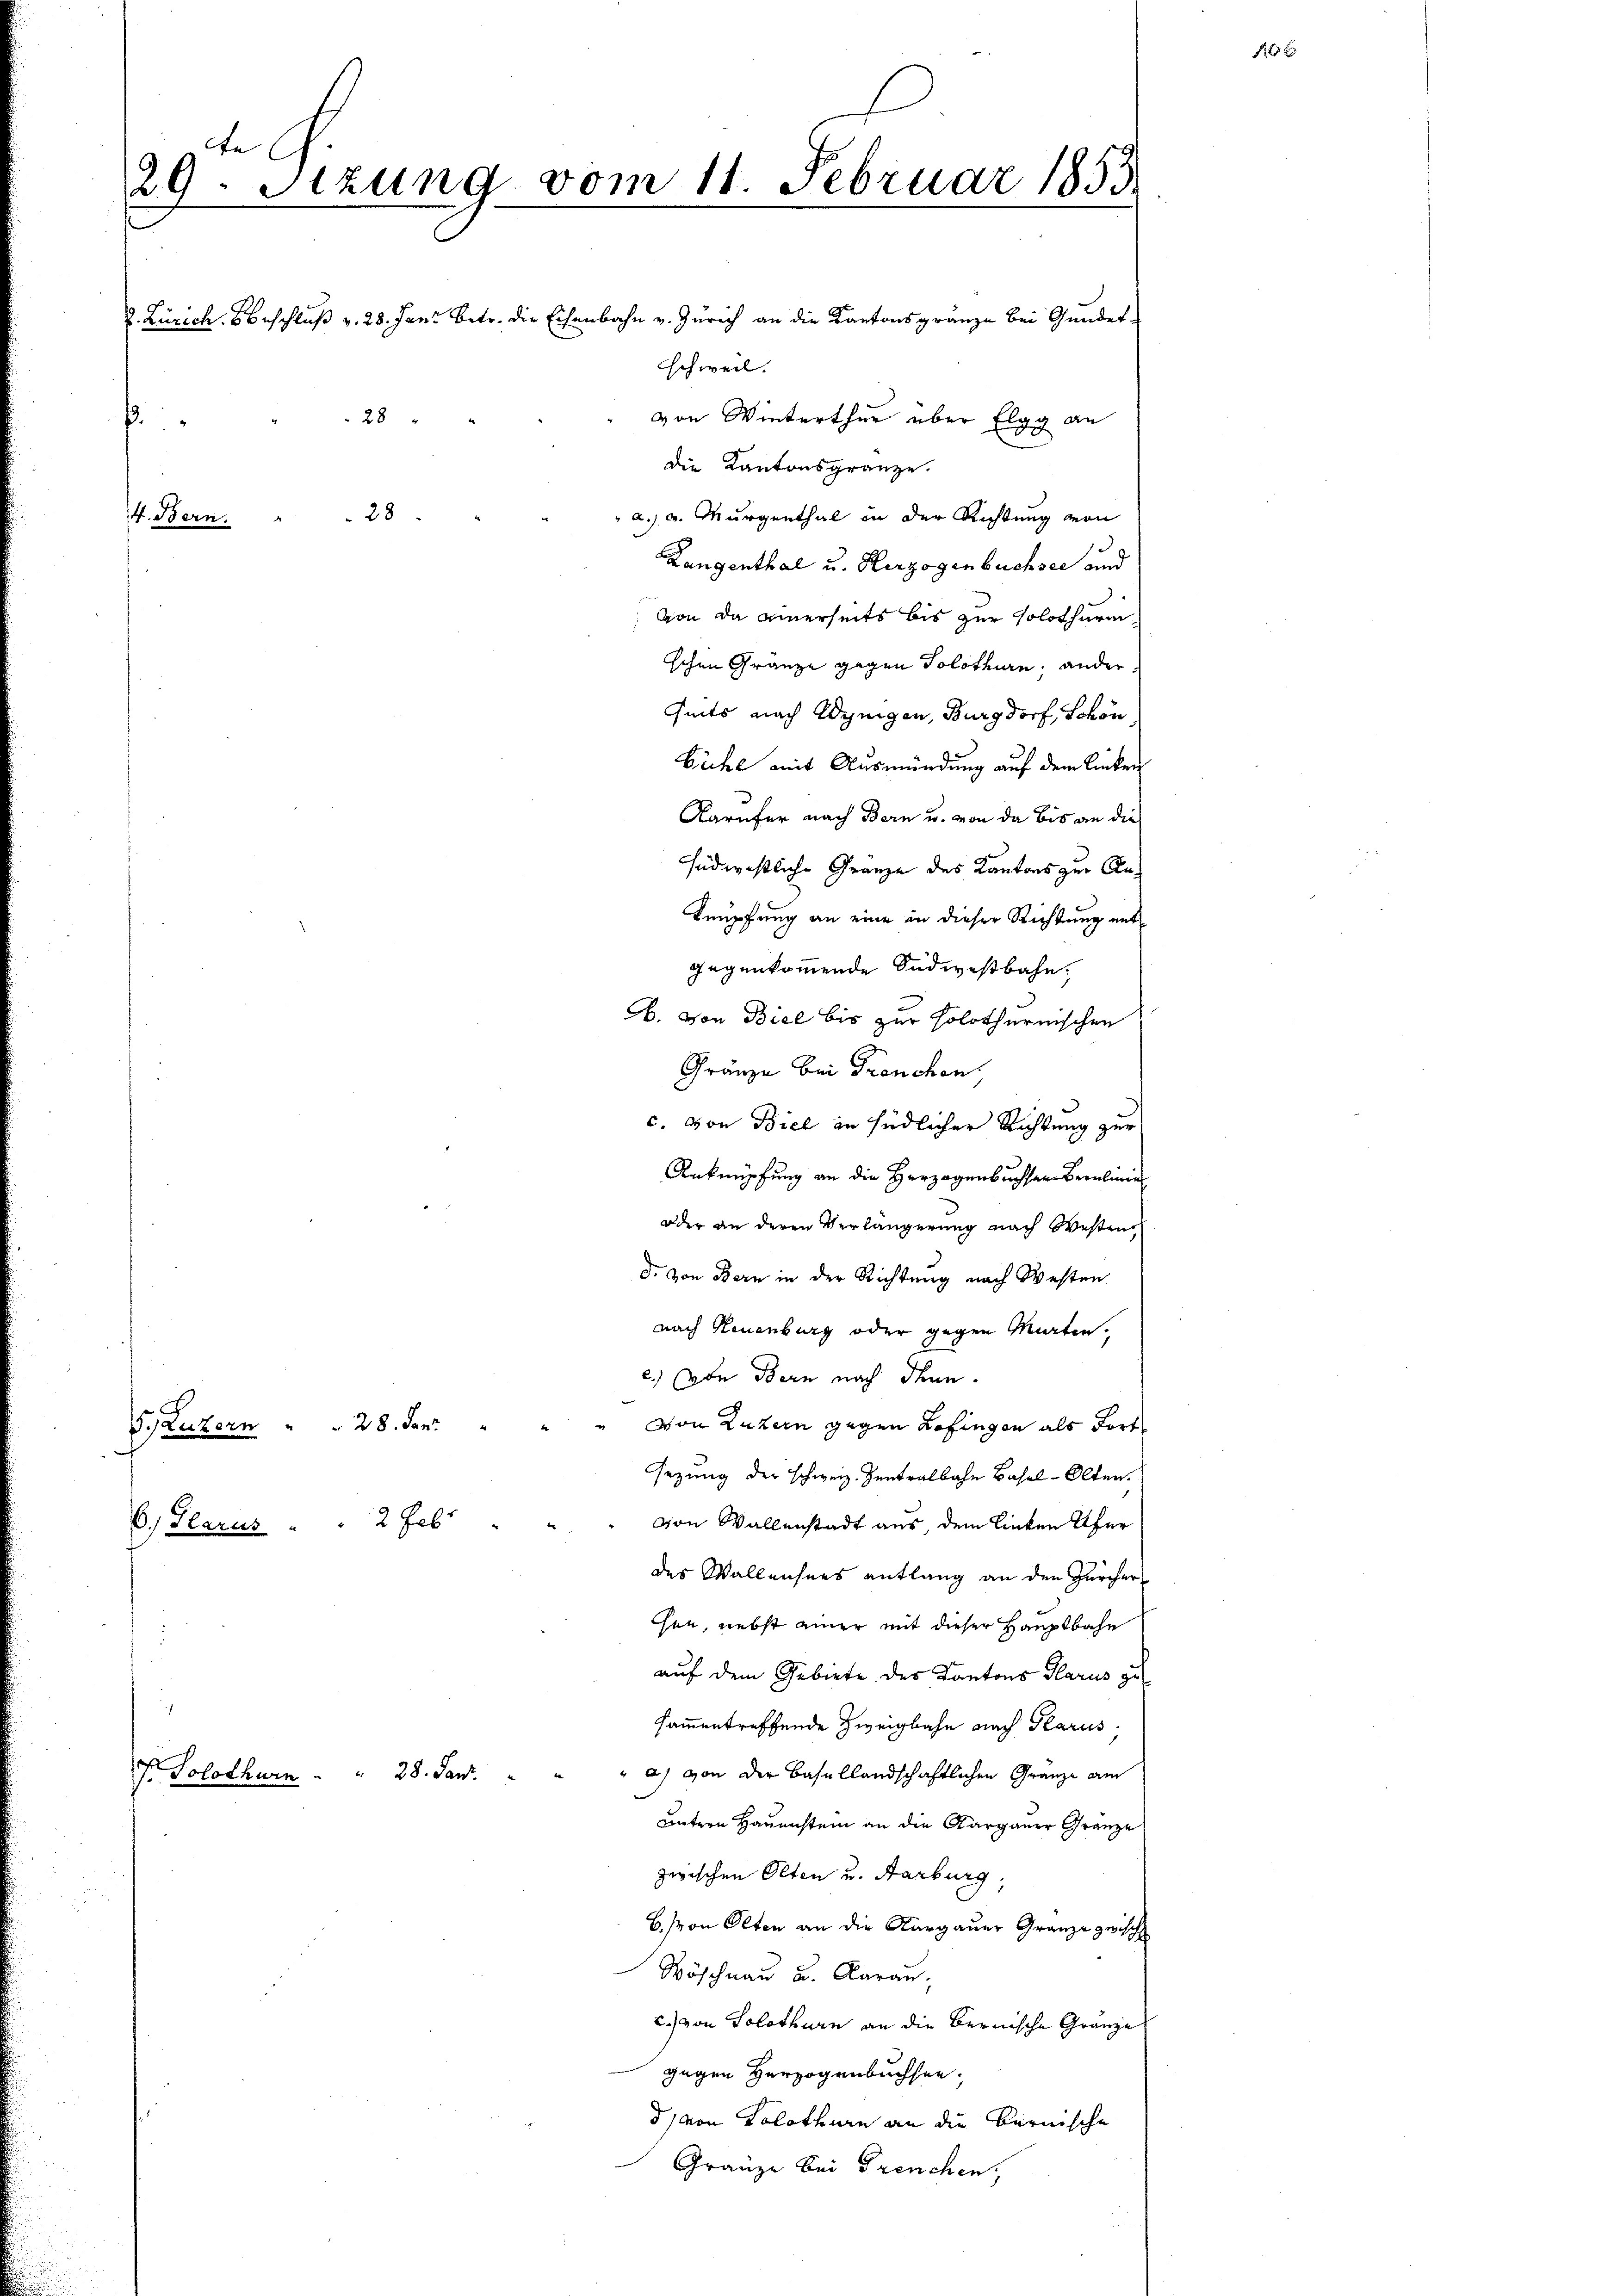
te
29. Sitzung vom 11. Februar 1853
Zürich. Beschluß v. 28. Janz betr. die Eisenbahn v. Zürich an die Kantonsgränze bei Gundes-
schweil.
von Winterthur über Elgg an
28
d
die Kantonsgränze.
 a. u. Murgenthal in der Richtung von
1. Bern. " " 28
Langenthal u. Herzogenbuchsee und
von da einerseits bis zur Solothurm
schen Gränze gegen Solothurn, ander
seits nach Wenigen, Burgdorf, Schön
Bühl mit Ausmündung auf dem linker
Karufer nach Bern u. von da bis an die
südwestliche Gränze des Kantons zur An¬
Knüpfung an eine in dieser Richtung entgegenkommende Südwestbahn,
A. von Biel bis zur solothurnischen
Gränze bei Trenchen,

S. Luzern    "         28. Jan.
6, Glarus                  2 Feb

Fr. Solothurn

28. Jan.

Rnknüpfung an die Herzogenbruchsen Braulinie
oder an deren Verlängerung nach Westen
d. von Bern in der Richtung nach Westen
nach Neuenburg oder gegen Marten.
c.) Die Bern nach denn.
" von Luzern gegen Zofingen als Fort
sezung der schweiz. Zentralbahn Basel-Olten.
von Wallenstadt aus, dem linken Ufer
des Wallensees entlang an den Zürcher
hen, nebst einer mit dieser Hauptbahn
auf dem Gebiete des Kantons Glarus zu
sammentreffende Zweigbahn nach Glarus.
" a) von der Basellandschaftlichen Granze am
untern Hauenstein an die Aargauer Gränze
zwischen Olten und Aarburg,
B. Von Olten an die Aargauer Granze zwisch
Wöschnau u. Aarau,
c.) von Solothurn an die Bernische Gränze
gegen Herzogenbuchsee,
d) von Solothurn an die Bernische
Gränze bei Frenchen,

c. von Biel in südlicher Richtung zur